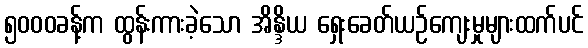
၅၀၀၀ခန့်က ထွန်းကားခဲ့သော အိန္ဒိယ ရှေးခေတ်ယဉ်ကျေးမှုများထက်ပင်